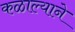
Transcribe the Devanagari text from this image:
कळाल्याने